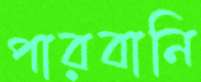
পারবানি